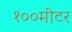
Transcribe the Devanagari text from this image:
१००मीटर